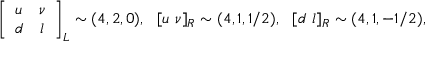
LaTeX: \left[ \begin{array} { c c } { { u } } & { { \nu } } \\ { { d } } & { { l } } \end{array} \right] _ { L } \sim ( 4 , 2 , 0 ) , ~ ~ [ u ~ \nu ] _ { R } \sim ( 4 , 1 , 1 / 2 ) , ~ ~ [ d ~ l ] _ { R } \sim ( 4 , 1 , - 1 / 2 ) ,